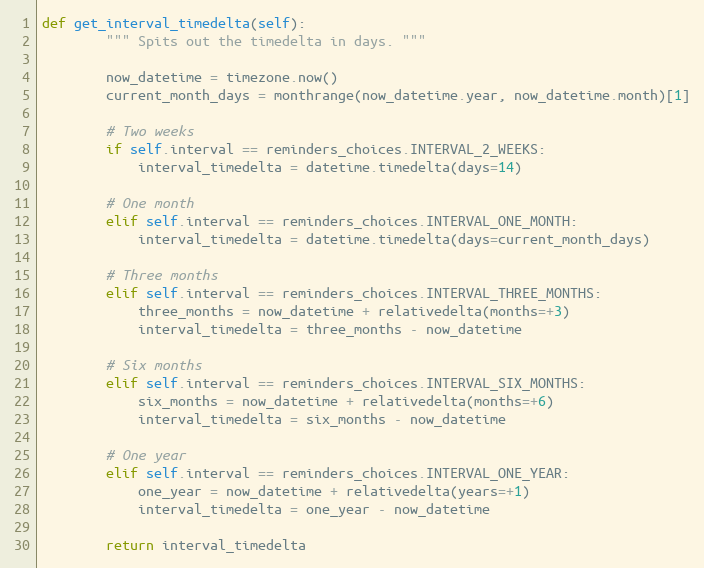
Language: Python
def get_interval_timedelta(self):
        """ Spits out the timedelta in days. """

        now_datetime = timezone.now()
        current_month_days = monthrange(now_datetime.year, now_datetime.month)[1]

        # Two weeks
        if self.interval == reminders_choices.INTERVAL_2_WEEKS:
            interval_timedelta = datetime.timedelta(days=14)

        # One month
        elif self.interval == reminders_choices.INTERVAL_ONE_MONTH:
            interval_timedelta = datetime.timedelta(days=current_month_days)

        # Three months
        elif self.interval == reminders_choices.INTERVAL_THREE_MONTHS:
            three_months = now_datetime + relativedelta(months=+3)
            interval_timedelta = three_months - now_datetime

        # Six months
        elif self.interval == reminders_choices.INTERVAL_SIX_MONTHS:
            six_months = now_datetime + relativedelta(months=+6)
            interval_timedelta = six_months - now_datetime

        # One year
        elif self.interval == reminders_choices.INTERVAL_ONE_YEAR:
            one_year = now_datetime + relativedelta(years=+1)
            interval_timedelta = one_year - now_datetime

        return interval_timedelta